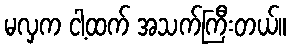
မလှက ငါ့ထက် အသက်ကြီးတယ်။